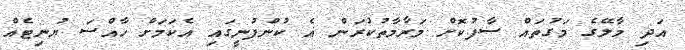
އަދި މާލޭގެ މަގުތައް ސާފުކޮށް މަރާމާތުކުރަން އެ ކުންފުނީގައި އެކަމަށް ހާއްސަ ޔުނިޓެއް